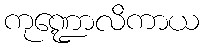
ကုဏ္ဍောလိကာယ